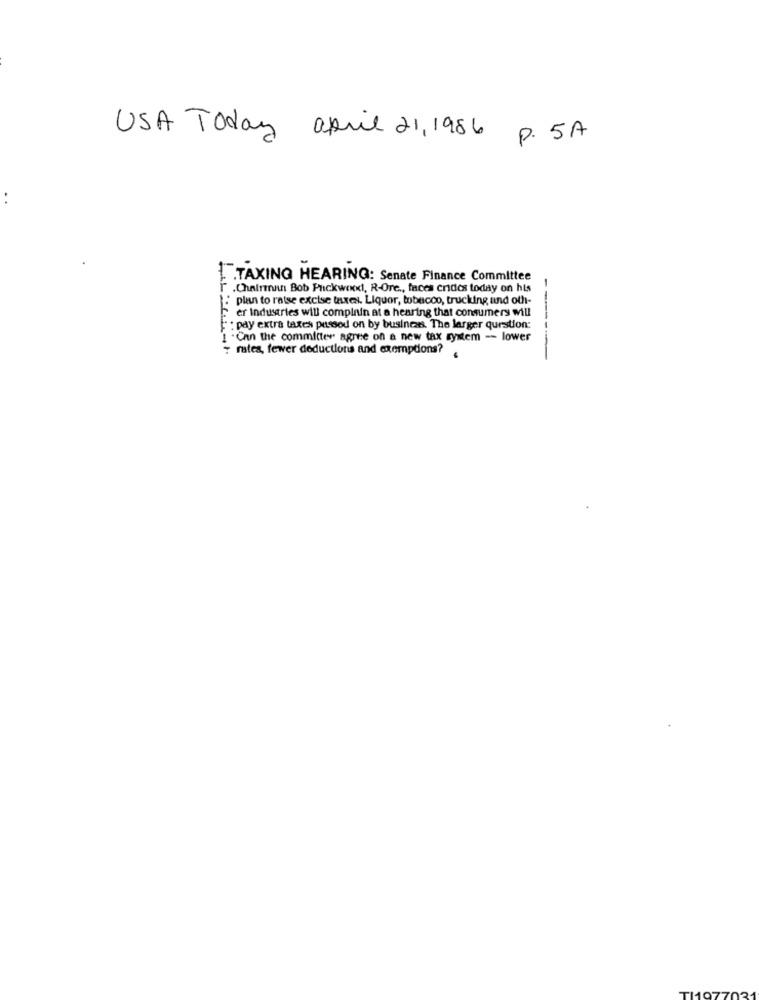
USA Today april 21, 1986
P. 5A
..
1".TAXING HEARING: Senate Finance Committee
r .Chairman Bob Puckwood, R-Ore ., faces crides today on his
plan to ratse excise taxen. Liquor, tobacco, trucking and off-
er Industries will compinin at a hearing that consumers wul
: pay extra taxes passed on by business. The larger question:
1 . Can the committee agree on a new tax system -- lower
- rates, fewer deductions and exemptions?